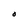
Character: O